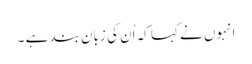
انہوں نے کہا کہ اُن کی زبان بند ہے ۔